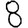
Digit: 8